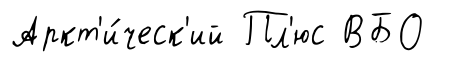
Аркт'и́ческ'ий Пл'юс ВБО